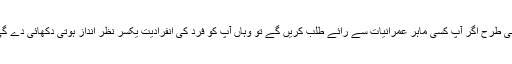
اسی طرح اگر آپ کسی ماہرِ عمرانیات سے رائے طلب کریں گے تو وہاں آپ کو فرد کی انفرادیت یکسر نظر انداز ہوتی دکھائی دے گی۔